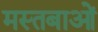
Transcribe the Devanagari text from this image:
मस्तबाओं